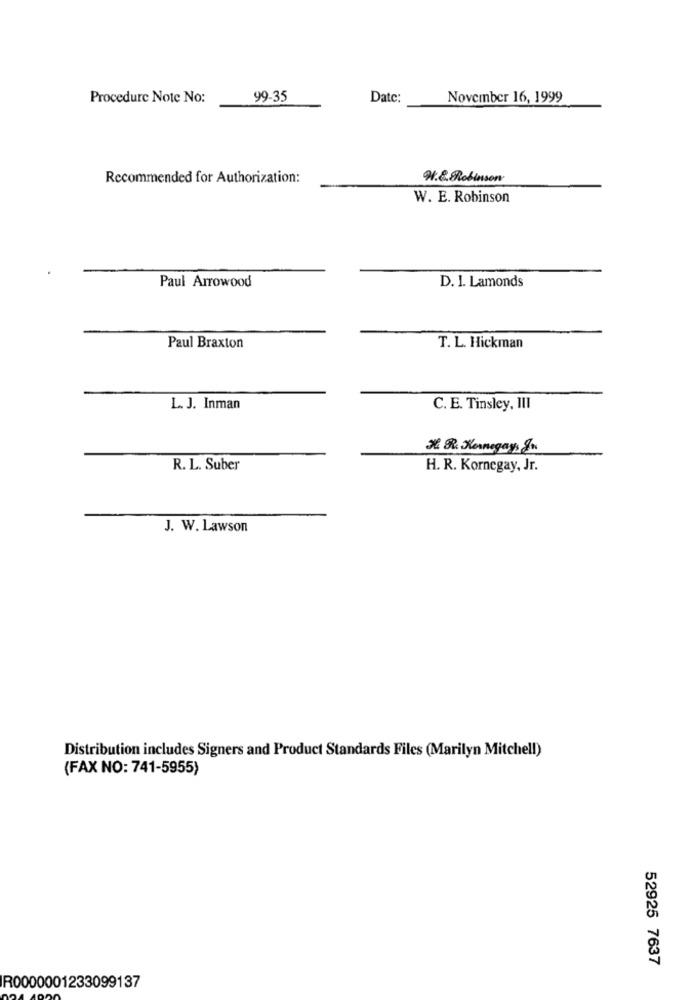
Procedure Note No:
99-35
Date:
November 16, 1999
Recommended for Authorization:
W.& FRobinson
W. E. Robinson
Paul Arrowood
D. I. Lamonds
Paul Braxton
T. L. Hickman
L. J. Inman
C. E. Tinsley, III
X R. Kernegay, In
R. L. Suber
H. R. Kornegay, Jr.
J. W. Lawson
Distribution includes Signers and Product Standards Files (Marilyn Mitchell)
(FAX NO: 741-5955)
52925 7637
R0000001233099137